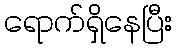
ရောက်ရှိနေပြီး